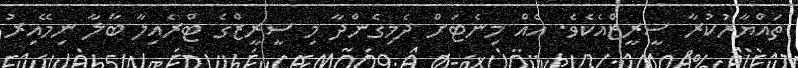
ތައްޔާރުކުރާ ސީރީޒްއެކެވެ. އެއް މިނެޓަށް ދެމިގެންދާ މި ސީރީޒްގެ ޓްރެއިލާ ބާލާ ނިމޭއިރު